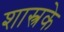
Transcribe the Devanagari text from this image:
शास्त्रके